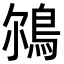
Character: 𩿥